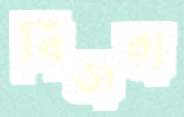
বিজরা